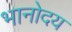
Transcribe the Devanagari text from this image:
भानोदय